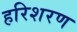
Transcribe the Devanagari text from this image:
हरिशरण